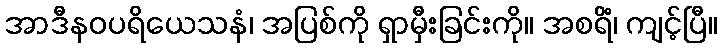
အာဒီနဝပရိယေသနံ၊ အပြစ်ကို ရှာမှီးခြင်းကို။ အစရိံ၊ ကျင့်ပြီ။